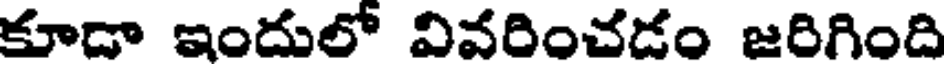
కూడా ఇందులో వివరించడం జరిగింది